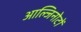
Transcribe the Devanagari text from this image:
आल्जिनोटों